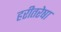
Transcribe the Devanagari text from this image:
हरीतरेषा